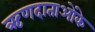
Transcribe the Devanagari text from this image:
ऋणदाताओंके